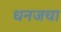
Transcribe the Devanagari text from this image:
धनजचा